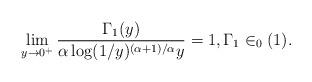
LaTeX: \begin{align*} \lim_{y\to 0^+} \frac{\Gamma_1(y)}{\alpha \log(1/y)^{(\alpha+1)/\alpha} y}=1, \Gamma_1\in _0(1).\end{align*}